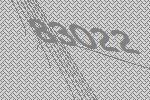
83022